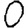
Digit: 0